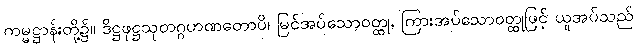
ကမ္မဋ္ဌာန်းတို့၌။ ဒိဋ္ဌဖုဋ္ဌသုတဂ္ဂဟဏတောပိ၊ မြင်အပ်သောဝတ္ထု, ကြားအပ်သောဝတ္ထုဖြင့် ယူအပ်သည်